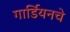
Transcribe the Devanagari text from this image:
गार्डियनचे